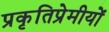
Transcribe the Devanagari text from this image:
प्रकृतिप्रेमीयों